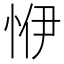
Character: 𢙬